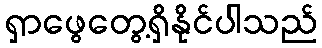
ရှာဖွေတွေ့ရှိနိုင်ပါသည်